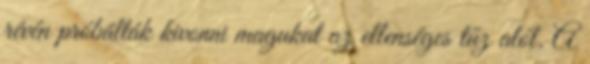
révén próbálták kivonni magukat az ellenséges tűz alól. A